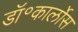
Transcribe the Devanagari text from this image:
डॉ॰कार्लोस